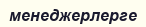
менеджерлерге